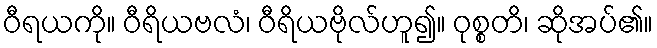
ဝီရယကို။ ဝီရိယဗလံ၊ ဝီရိယဗိုလ်ဟူ၍။ ဝုစ္စတိ၊ ဆိုအပ်၏။